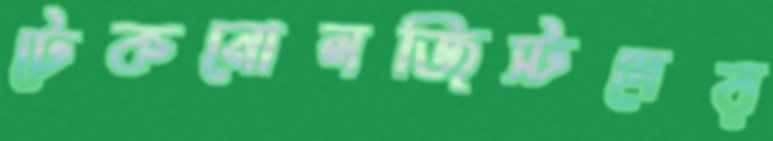
টেকনোলজিস্টদের